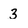
Character: 3